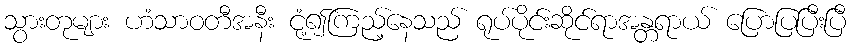
သွားတုများ ဟံသာဝတီအနီး ငုံ့၍ကြည့်နေသည် ရုပ်ပိုင်းဆိုင်ရာအန္တရာယ် ပြောပြပြီးပြီ